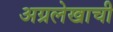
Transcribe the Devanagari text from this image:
अग्रलेखाची